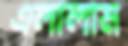
এলালাম